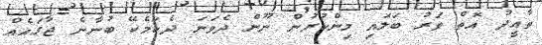
ތާއީދު އޮތް ވަރު ބަލައި މިންކުރުން ނޫން ދެވަނަ ދެކަމެކޭ ބުނާނެ ޖާގައެއް